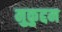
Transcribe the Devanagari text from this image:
मुकुद्दम